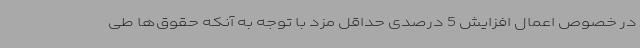
در خصوص اعمال افزایش 5 درصدی حداقل مزد با توجه به آنکه حقوق‌ها طی